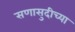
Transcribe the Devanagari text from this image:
सणासुदीच्या